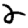
Digit: 2